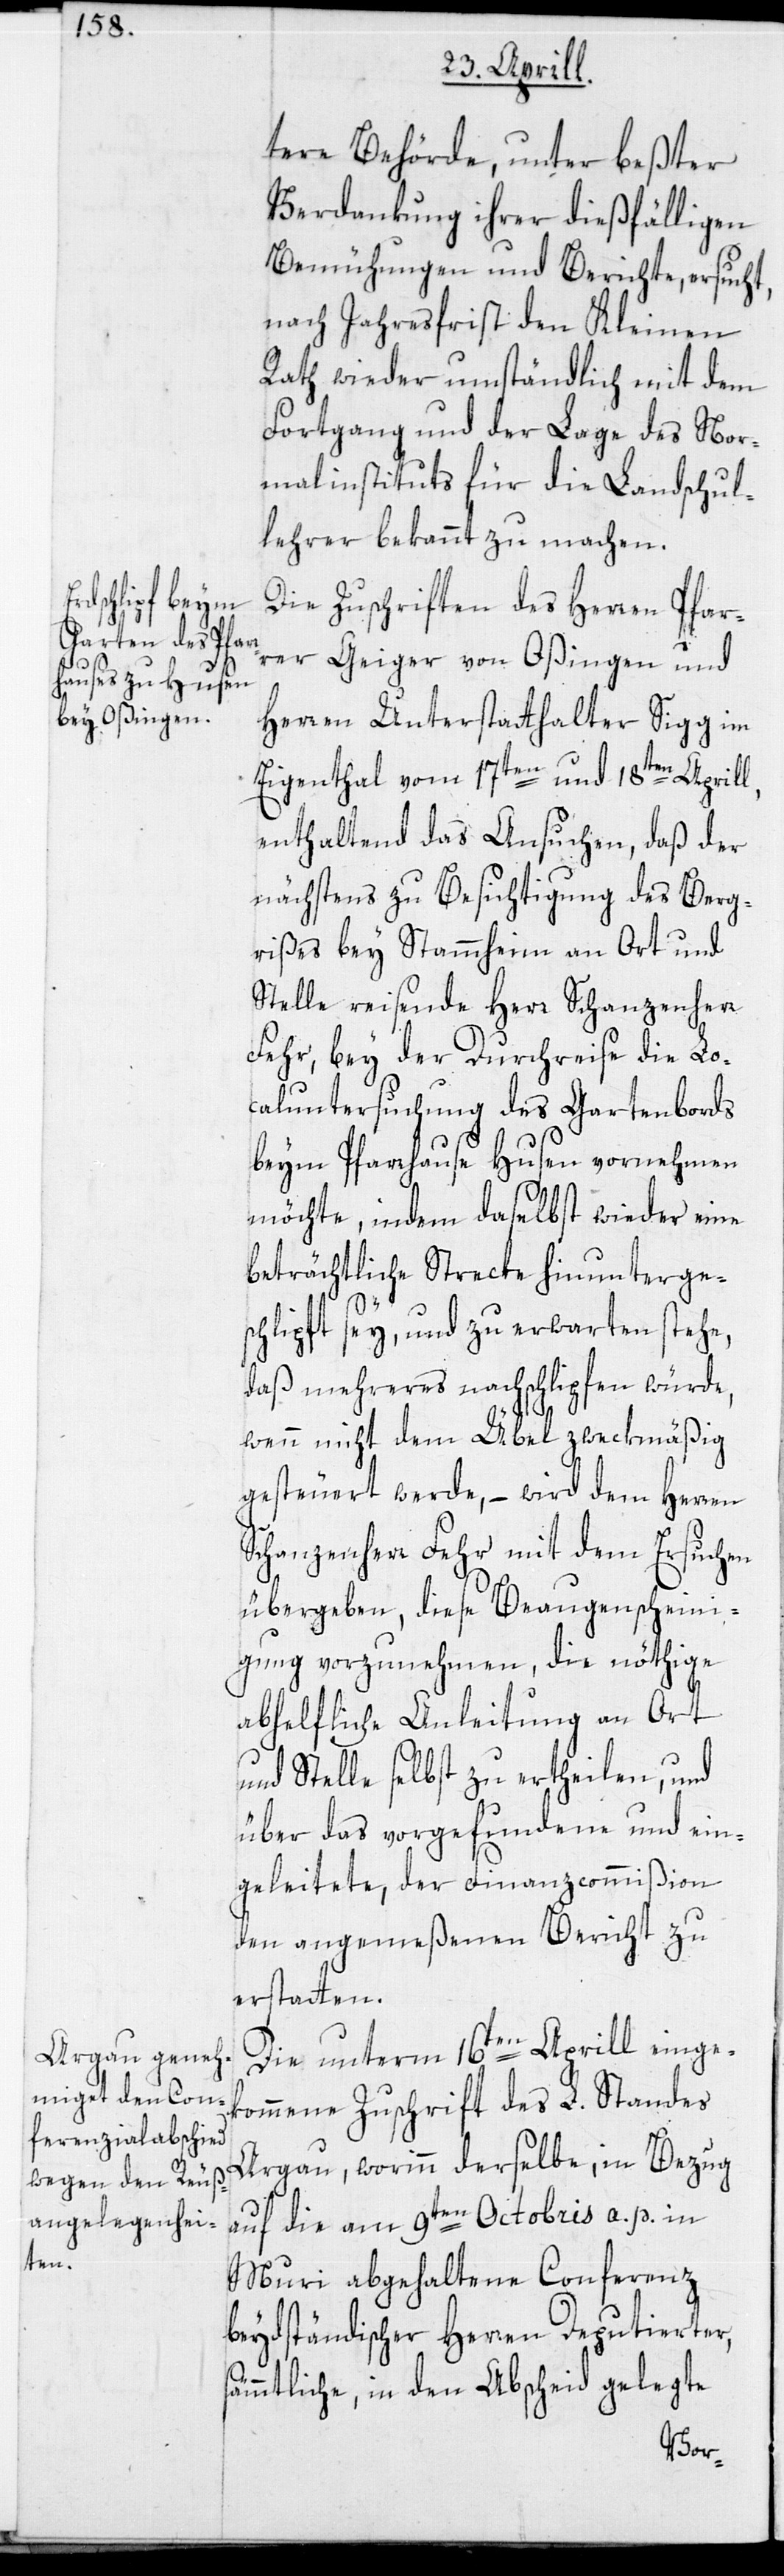
tere Behörde, unter beßter
Verdankung ihrer dießfälligen
Bemühungen und Berichte, ersucht,
nach Jahresfrist den Kleinen
Rath wieder umständlich mit dem
Fortgang und der Lage des Nor¬
malinstituts für die Landschul¬
lehrer bekannt zu machen.
Die Zuschriften des Herren Pfar¬
rer Geiger von Oßingen und
Herren Unterstatthalter Sigg im
Eigenthal vom 17ten und 18ten Aprill,
enthaltend das Ansuchen, daß der
nächstens zu Besichtigung des Berg¬
rißes bey Stammheim an Ort und
Stelle reisende Herr Schanzenherr
Fehr, bey der Durchreise die Lo¬
caluntersuchung des Gartenbords
beym Pfarrhause Husen vornehmen
möchte, indem daselbst wieder eine
beträchtliche Strecke hinunterges¬
chlipft sey, und zu erwarten stehe,
daß mehreres nachschlipfen würde,
wenn nicht dem Übel zweckmäßig
gesteuert werde, – wird dem Herren
Schanzenherr Fehr mit dem Ersuchen
übergeben, diese Beaugenscheini¬
gung vorzunehmen, die nöthige
abhelfliche Anleitung an Ort
und Stelle selbst zu ertheilen, und
über das vorgefundene und ein¬
geleitete, der Finanzcommißion
den angemeßenen Bericht zu
erstatten.
Die unterm 16ten Aprill einge¬
kommene Zuschrift des L. Standes
Argau, worinn derselbe, in Bezug
auf die am 9ten Octobris a. p. in
Muri abgehaltene Conferenz
beydständischer Herren Deputierter,
sämmtliche, in den Abscheid gelegte